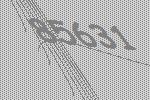
85631